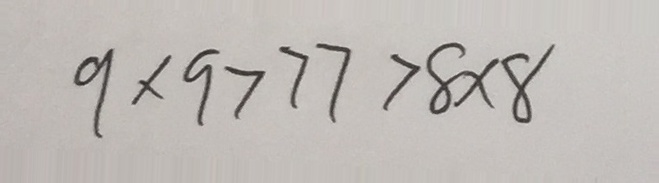
9 \times 9 > 7 7 > 8 \times 8